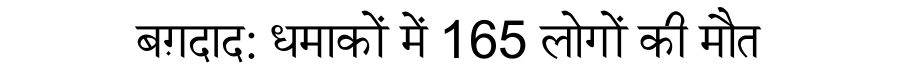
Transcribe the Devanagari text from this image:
बग़दाद: धमाकों में 165 लोगों की मौत